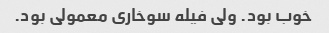
خوب بود. ولی فیله سوخاری معمولی بود.